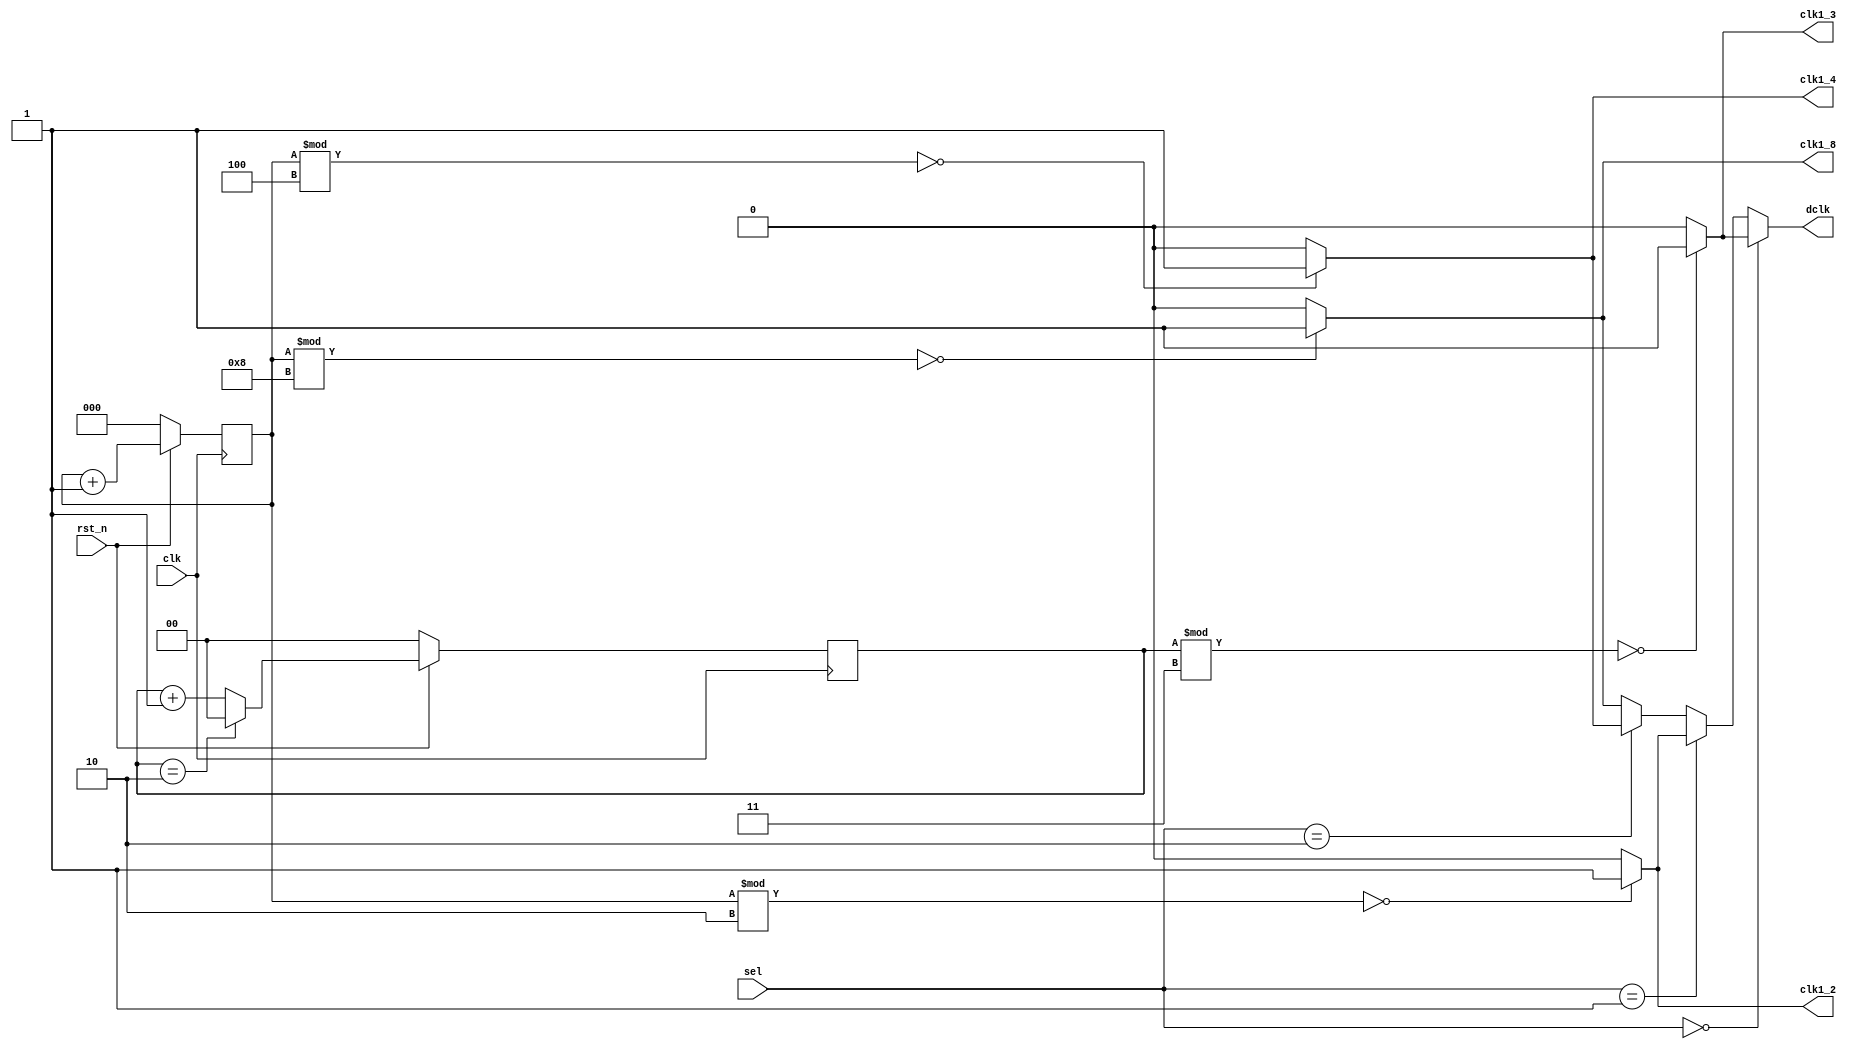
`timescale 1ns/1ps

module Clock_Divider (clk, rst_n, sel, clk1_2, clk1_4, clk1_8, clk1_3, dclk);
input clk, rst_n;
input [2-1:0] sel;
output clk1_2;
output clk1_4;
output clk1_8;
output clk1_3;
output dclk;
reg [3-1:0] counter8;
reg [2-1:0] counter3;
reg out;
always @(posedge clk) begin
    if(!rst_n)begin
        counter3 <= 2'b00;
        counter8 <= 4'b0000;
    end

    else begin
        counter8 <= counter8 + 3'b001;
        if(counter3 == 2'b10)counter3 <= 2'b00;
        else counter3 <= counter3 + 2'b01;
    end
end

assign clk1_2 = (counter8 % 2 == 0) ? 1'b1 : 1'b0;
assign clk1_4 = (counter8 % 4 == 0) ? 1'b1 : 1'b0;
assign clk1_8 = (counter8 % 8 == 0) ? 1'b1 : 1'b0;
assign clk1_3 = (counter3 % 3 == 0) ? 1'b1 : 1'b0;



always @(*)begin
    if(sel == 2'b00)out = clk1_3;
    else if(sel == 2'b01)out = clk1_2;
    else if(sel == 2'b10)out = clk1_4;
    else out = clk1_8;
end

assign dclk = out;
endmodule